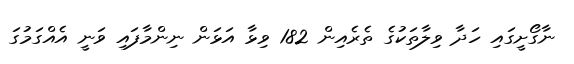
ނާގޯށީގައި ހަދާ ވިލާތަކުގެ ތެރެއިން 182 ވިޅާ އަޅަން ނިންމާފައި ވަނީ އެއްގަމުގަ